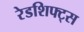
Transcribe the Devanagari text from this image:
रेडशिफ्ट्स